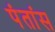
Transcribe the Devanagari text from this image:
पंतांस